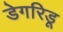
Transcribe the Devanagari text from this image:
डेगरिडू